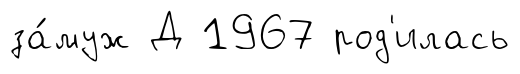
за́муж Д 1967 род'илась